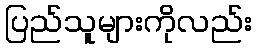
ပြည်သူများကိုလည်း